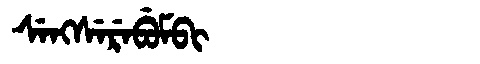
Manchu: ᠰᡝᠩᠰᡝᡵᡝᠪᡠᠮᠪᡳ
Romanization: SENGSEREBUMBI